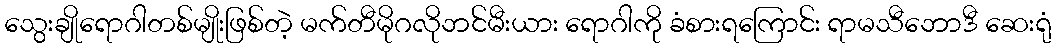
သွေးချိုရောဂါတစ်မျိုးဖြစ်တဲ့ မက်တီမိုဂလိုဘင်မီးယား ရောဂါကို ခံစားရကြောင်း ရာမသီဘောဒီ ဆေးရုံ